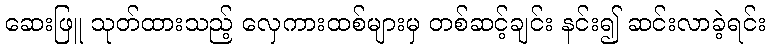
ဆေးဖြူ သုတ်ထားသည့် လှေကားထစ်များမှ တစ်ဆင့်ချင်း နင်း၍ ဆင်းလာခဲ့ရင်း